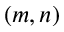
( m , n )